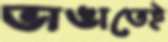
ভাঙাতেই